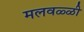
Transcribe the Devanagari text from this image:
मलवळ्ळी